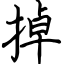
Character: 掉